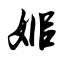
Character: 姬